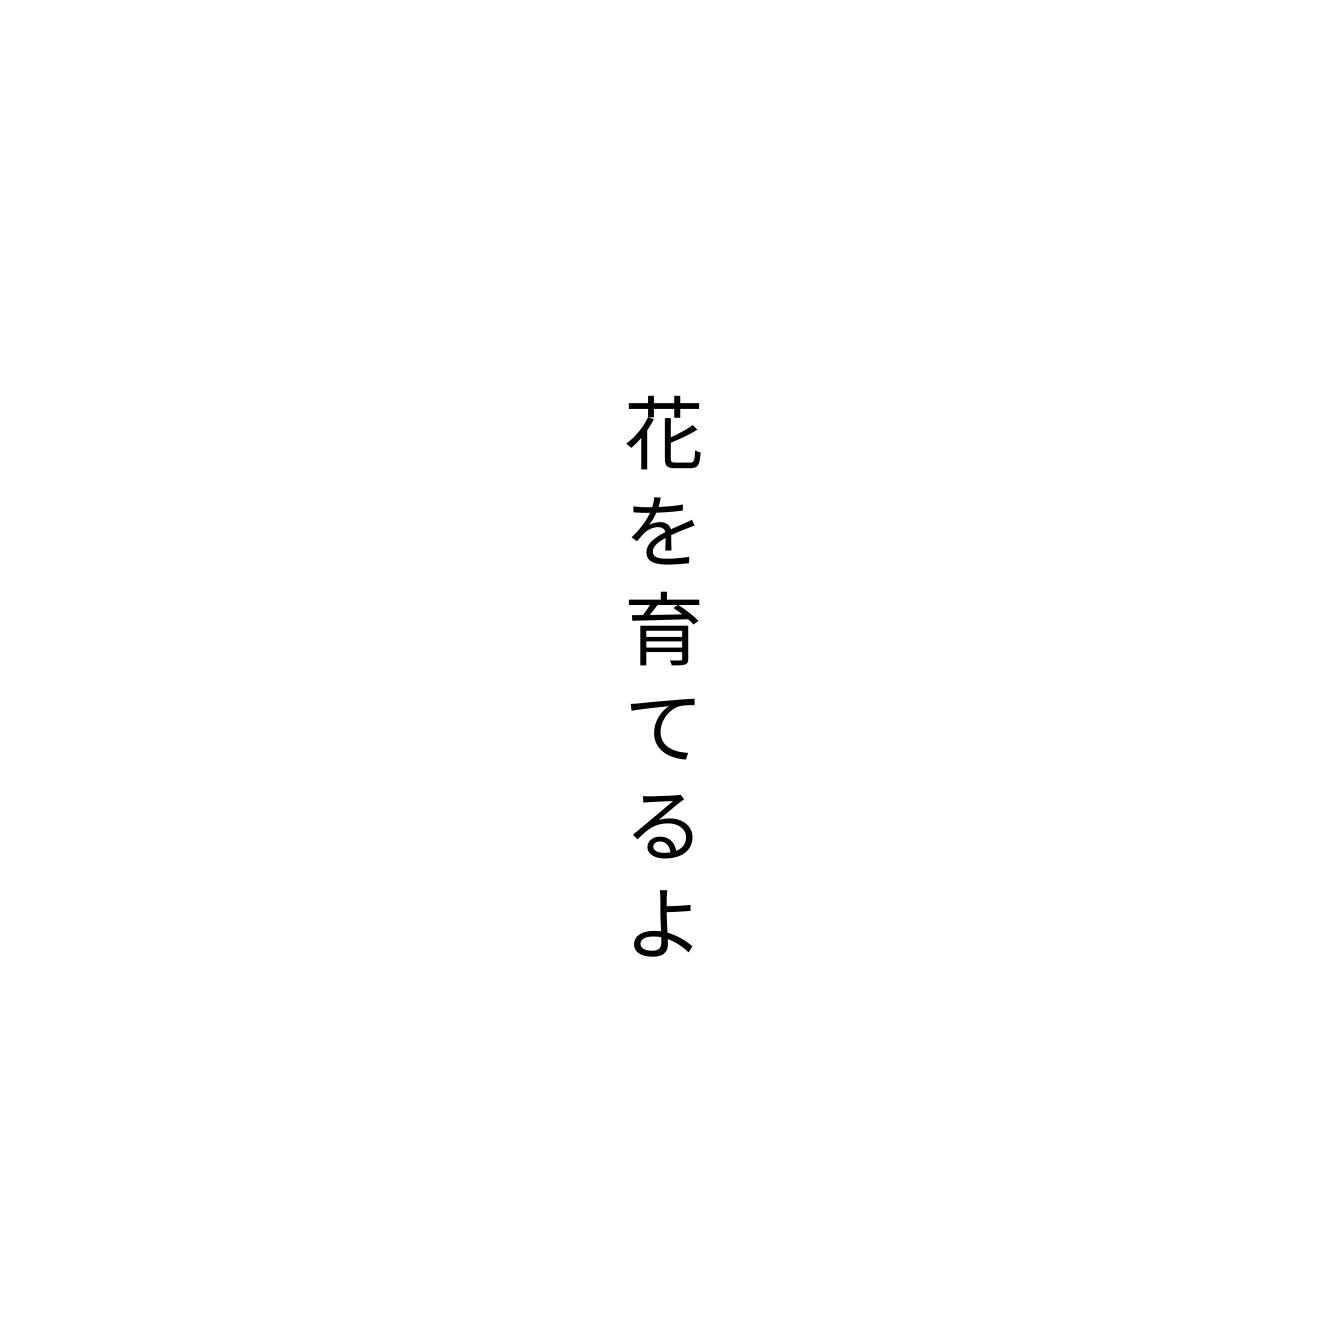
花を育てるよ